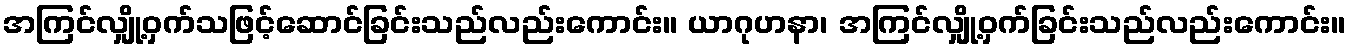
အကြင်လျှို့ဝှက်သဖြင့်ဆောင်ခြင်းသည်လည်းကောင်း။ ယာဂုဟနာ၊ အကြင်လျှို့ဝှက်ခြင်းသည်လည်းကောင်း။